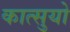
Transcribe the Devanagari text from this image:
कात्सुयो